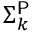
\Sigma _ { k } ^ { \mathsf { P } }